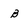
Character: b